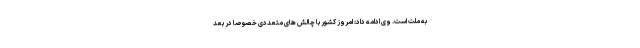
به ملت است. وی ادامه داد: امروز کشور با چالش های متعددی خصوصا در بعد